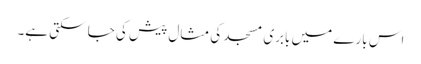
اس بارے میں بابری مسجد کی مثال پیش کی جا سکتی ہے۔